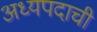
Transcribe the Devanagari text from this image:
अध्यपदाची